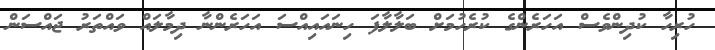
ހުރިހާ ކުދިންވެސް އަހަރެންގެ ކުރެހުމަށް ބަލާލާފަ ހިނައައިއްސަ އަހަރެންނާ ދިމާލައް ވައްތަރު ޖައްސަން